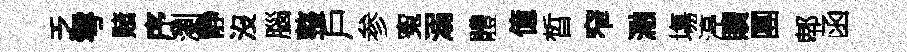
乏雩赌序瀏静沒腦整戶参寃溺體億晳窄瀜塲渟贖團郫函